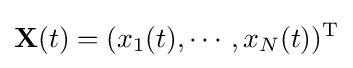
\mathbf {X} (t)=(x_{1}(t),\cdots ,x_{N}(t))^{\mathrm {T} }